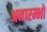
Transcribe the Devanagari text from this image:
अनारम्भो